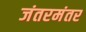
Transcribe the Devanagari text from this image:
जंतरमंतर